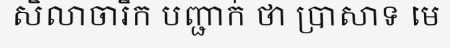
សិលាចារឹក បញ្ជាក់ ថា ប្រាសាទ មេ